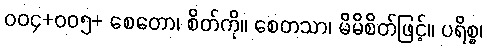
ဝဝ၄+ဝဝ၅+ စေတော၊ စိတ်ကို။ စေတသာ၊ မိမိစိတ်ဖြင့်။ ပရိစ္စ၊